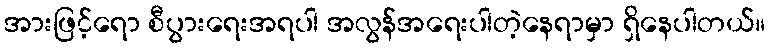
အားဖြင့်ရော စီပွားရေးအရပါ အလွန်အရေးပါတဲ့နေရာမှာ ရှိနေပါတယ်။